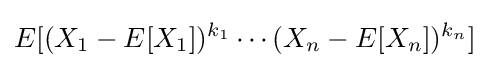
E[(X_{1}-E[X_{1}])^{k_{1}}\cdots (X_{n}-E[X_{n}])^{k_{n}}]